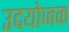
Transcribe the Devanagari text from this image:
उदयोजक